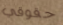
حقوقي